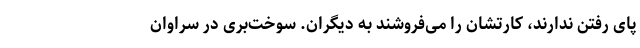
پای رفتن ندارند، کارتشان را می‌فروشند به دیگران. سوخت‌بری در سراوان